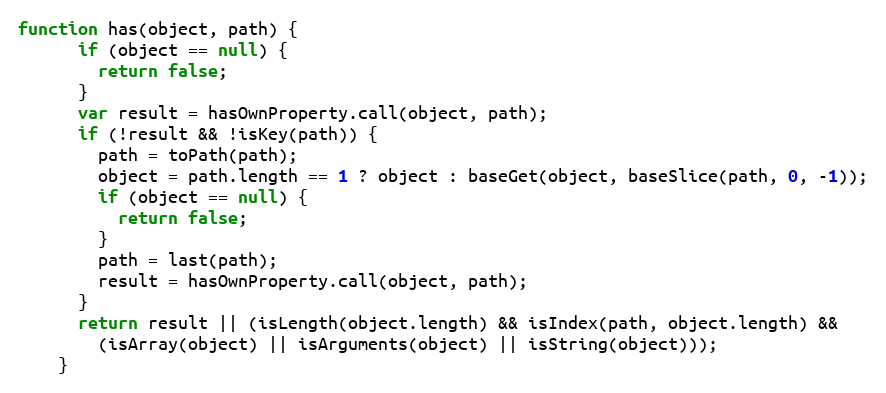
Language: JavaScript
function has(object, path) {
      if (object == null) {
        return false;
      }
      var result = hasOwnProperty.call(object, path);
      if (!result && !isKey(path)) {
        path = toPath(path);
        object = path.length == 1 ? object : baseGet(object, baseSlice(path, 0, -1));
        if (object == null) {
          return false;
        }
        path = last(path);
        result = hasOwnProperty.call(object, path);
      }
      return result || (isLength(object.length) && isIndex(path, object.length) &&
        (isArray(object) || isArguments(object) || isString(object)));
    }